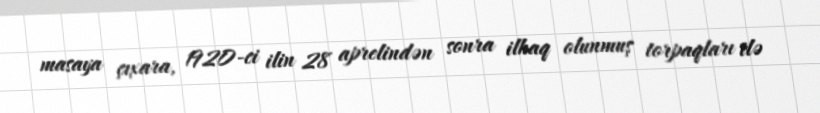
masaya çıxara, 1920-ci ilin 28 aprelindən sonra ilhaq olunmuş torpaqları ilə